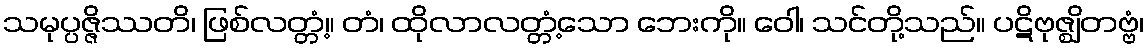
သမုပ္ပဇ္ဇိဿတိ၊ ဖြစ်လတ္တံ့။ တံ၊ ထိုလာလတ္တံ့သော ဘေးကို။ ဝေါ၊ သင်တို့သည်။ ပဋိဗုဇ္ဈိတဗ္ဗံ၊